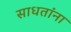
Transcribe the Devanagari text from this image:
साधतांना